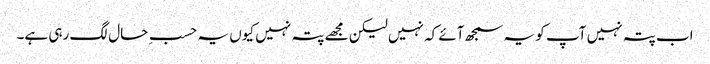
اب پتہ نہیں آپ کو یہ سمجھ آئے کہ نہیں لیکن مجھے پتہ نہیں کیوں یہ حسبِ حال لگ رہی ہے۔